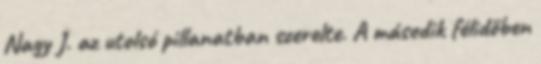
Nagy J. az utolsó pillanatban szerelte. A második félidőben